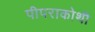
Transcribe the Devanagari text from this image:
पीपराकोथी